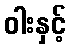
ဝါးနှင့်